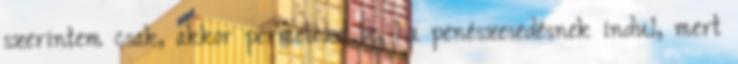
szerintem csak, akkor permetezd be, ha penészesedésnek indul, mert